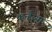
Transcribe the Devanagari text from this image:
कन्हैय्या